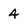
Character: 4